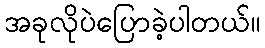
အခုလိုပဲပြောခဲ့ပါတယ်။